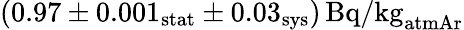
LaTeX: (0.97\pm 0.001_{\mathrm{stat}}\pm 0.03_{\mathrm{sys}})\, \textrm{Bq/kg}_{\mathrm{atmAr}}